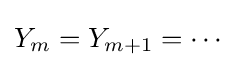
Y_{m}=Y_{m+1}=\cdots